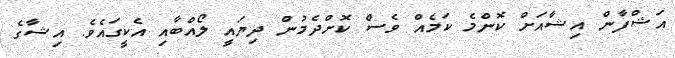
އަޝްފާން އިޝާއަށް ކޮންމެ ކަމެއް ވެސް ކޮށްދެމުން ދިޔައީ ލޯއްބާއި އެކީގައެވެ. އިޝާގެ